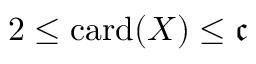
2 \leq \mathrm { c a r d } ( X ) \leq { \mathfrak { c } }